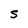
Character: S